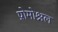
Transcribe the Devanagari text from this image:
प्रोमोश्नल